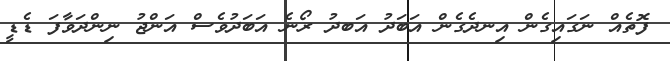
ފޮތެއް ނަގައިގެން އިނދެގެން އަބަދު އަބދު ރޯނެ އަބަދުވެސް އަންޖު ނިންދަވާފަ ޑެޑީ